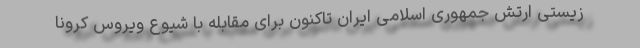
زیستی ارتش جمهوری اسلامی ایران تاکنون برای مقابله با شیوع ویروس کرونا